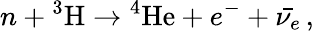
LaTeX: n+{^3{\mathrm{H}}}\rightarrow{^4{\mathrm{He}}}+e^{-}+\bar{\nu_{e}}\, ,